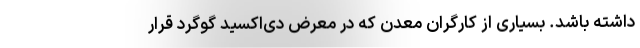
داشته باشد. بسیاری از کارگران معدن که در معرض دی‌اکسید گوگرد قرار